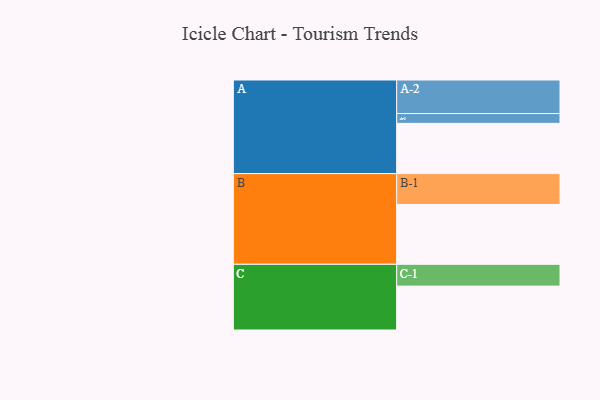
{"axis": {"x": "Segment", "y": "Value"}, "legend": ["", "A", "B", "C"], "data": [{"x": "A", "y": 394, "type": ""}, {"x": "B", "y": 469, "type": ""}, {"x": "C", "y": 344, "type": ""}, {"x": "A-1", "y": 77, "type": "A"}, {"x": "A-2", "y": 263, "type": "A"}, {"x": "B-1", "y": 242, "type": "B"}, {"x": "C-1", "y": 171, "type": "C"}]}